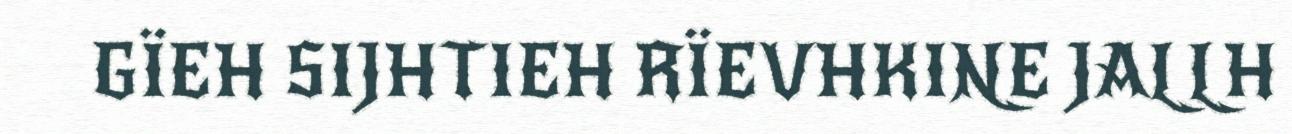
GÏEH SIJHTIEH RÏEVHKINE JALLH